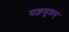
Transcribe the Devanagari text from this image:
यज्ञसूत्रम्